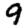
Digit: 9